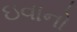
ઇવાનો